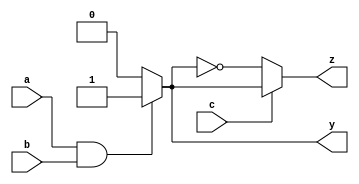
module combinational_logic (
    input wire a,           // Input signal a
    input wire b,           // Input signal b
    input wire c,           // Input signal c
    output reg y,          // Output signal y
    output reg z           // Output signal z
);

// Always block with sensitivity list
always @(a or b or c) begin
    // Continuous assignment using blocking assignments
    if (a && b) begin
        y = 1;             // y is high if both a and b are high
    end else begin
        y = 0;             // y is low otherwise
    end

    // Conditional logic for output z
    if (c) begin
        z = y;             // z follows y if c is high
    end else begin
        z = ~y;            // z is the inverse of y if c is low
    end
end

endmodule